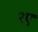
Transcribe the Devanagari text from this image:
२ए